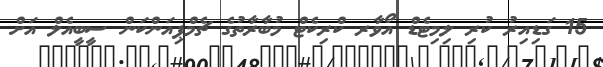
15 ގަޑިއިރު ކުރި ލިމިޓެޑް އޯވާރ ކްރިކެޓް މުބާރާތުގެ ޗެމްޕިއަންކަން ސީބީއެލް އަށް